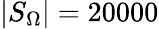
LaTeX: |S_{\Omega}|=20000